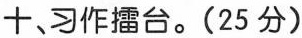
十，习作擂台。(25分)